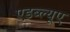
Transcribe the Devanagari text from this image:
एडब्ल्यूए